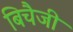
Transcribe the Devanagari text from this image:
बिचैजी